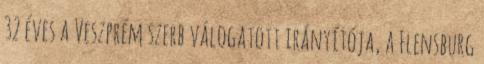
32 éves a Veszprém szerb válogatott irányítója, a Flensburg